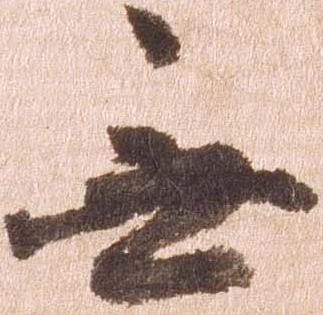
無